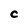
Character: C